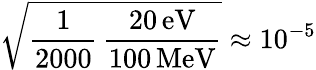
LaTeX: \sqrt{\frac{1}{2000}\, \frac{20\, \mathrm{eV}}{100\, \mathrm{MeV}}}\approx 10^{-5}